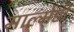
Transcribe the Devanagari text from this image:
माल्मेडी